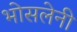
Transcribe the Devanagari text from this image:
भोसलेनी